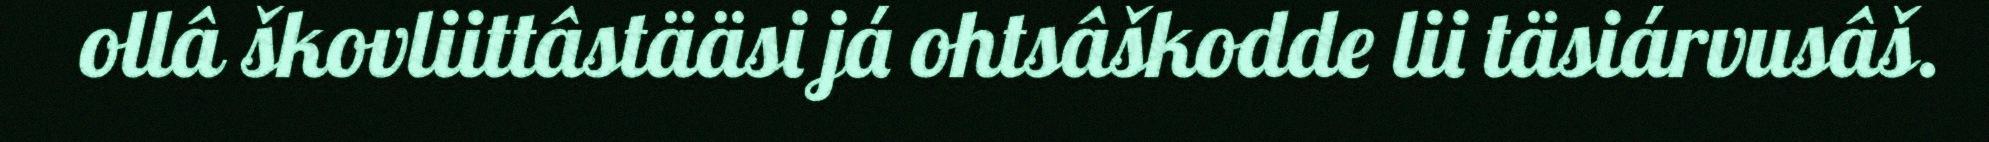
ollâ škovliittâstääsi já ohtsâškodde lii täsiárvusâš.